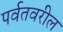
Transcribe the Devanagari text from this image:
पर्वतवरील